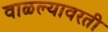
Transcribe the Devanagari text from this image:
वाळल्यावरती